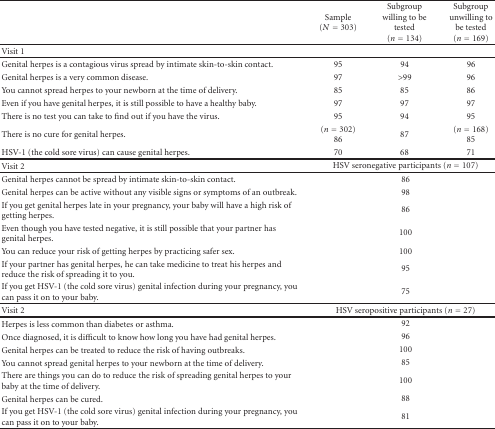
|  | Sample (N = 303) | Subgroup willing to be tested(n = 134) | Subgroup unwilling to be tested(n = 169) |
 | --- | --- | --- | --- |
 | Visit 1 |  |  |  |
 | Genital herpes is a contagious virus spread by intimate skin-to-skin contact. | 95 | 94 | 96 |
 | Genital herpes is a very common disease. | 97 | >99 | 96 |
 | You cannot spread herpes to your newborn at the time of delivery. | 85 | 85 | 86 |
 | Even if you have genital herpes, it is still possible to have a healthy baby. | 97 | 97 | 97 |
 | There is no test you can take to find out if you have the virus. | 95 | 94 | 95 |
 | There is no cure for genital herpes. | (n = 302)86 | 87 | (n = 168)85 |
 | HSV-1 (the cold sore virus) can cause genital herpes. | 70 | 68 | 71 |
 | Visit 2 | <COLSPAN=3> HSV seronegative participants (n = 107) |
 | Genital herpes cannot be spread by intimate skin-to-skin contact. | <COLSPAN=3> 86 |
 | Genital herpes can be active without any visible signs or symptoms of an outbreak. | <COLSPAN=3> 98 |
 | If you get genital herpes late in your pregnancy, your baby will have a high risk of getting herpes. | <COLSPAN=3> 86 |
 | Even though you have tested negative, it is still possible that your partner has genital herpes. | <COLSPAN=3> 100 |
 | You can reduce your risk of getting herpes by practicing safer sex. | <COLSPAN=3> 100 |
 | If your partner has genital herpes, he can take medicine to treat his herpes and reduce the risk of spreading it to you. | <COLSPAN=3> 95 |
 | If you get HSV-1 (the cold sore virus) genital infection during your pregnancy, you can pass it on to your baby. | <COLSPAN=3> 75 |
 | Visit 2 | <COLSPAN=3> HSV seropositive participants (n = 27) |
 | Herpes is less common than diabetes or asthma. | <COLSPAN=3> 92 |
 | Once diagnosed, it is difficult to know how long you have had genital herpes. | <COLSPAN=3> 96 |
 | Genital herpes can be treated to reduce the risk of having outbreaks. | <COLSPAN=3> 100 |
 | You cannot spread genital herpes to your newborn at the time of delivery. | <COLSPAN=3> 85 |
 | There are things you can do to reduce the risk of spreading genital herpes to your baby at the time of delivery. | <COLSPAN=3> 100 |
 | Genital herpes can be cured. | <COLSPAN=3> 88 |
 | If you get HSV-1 (the cold sore virus) genital infection during your pregnancy, you can pass it on to your baby. | <COLSPAN=3> 81 |